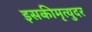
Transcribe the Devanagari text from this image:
इसकीमृत्युदर